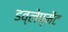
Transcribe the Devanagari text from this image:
डव्लेप्मेंट